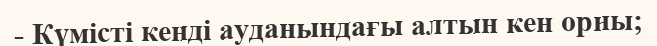
- Күмісті кенді ауданындағы алтын кен орны;